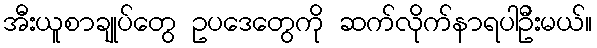
အီးယူစာချုပ်တွေ ဥပဒေတွေကို ဆက်လိုက်နာရပါဦးမယ်။